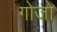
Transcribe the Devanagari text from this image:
गोजो